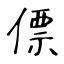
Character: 僄